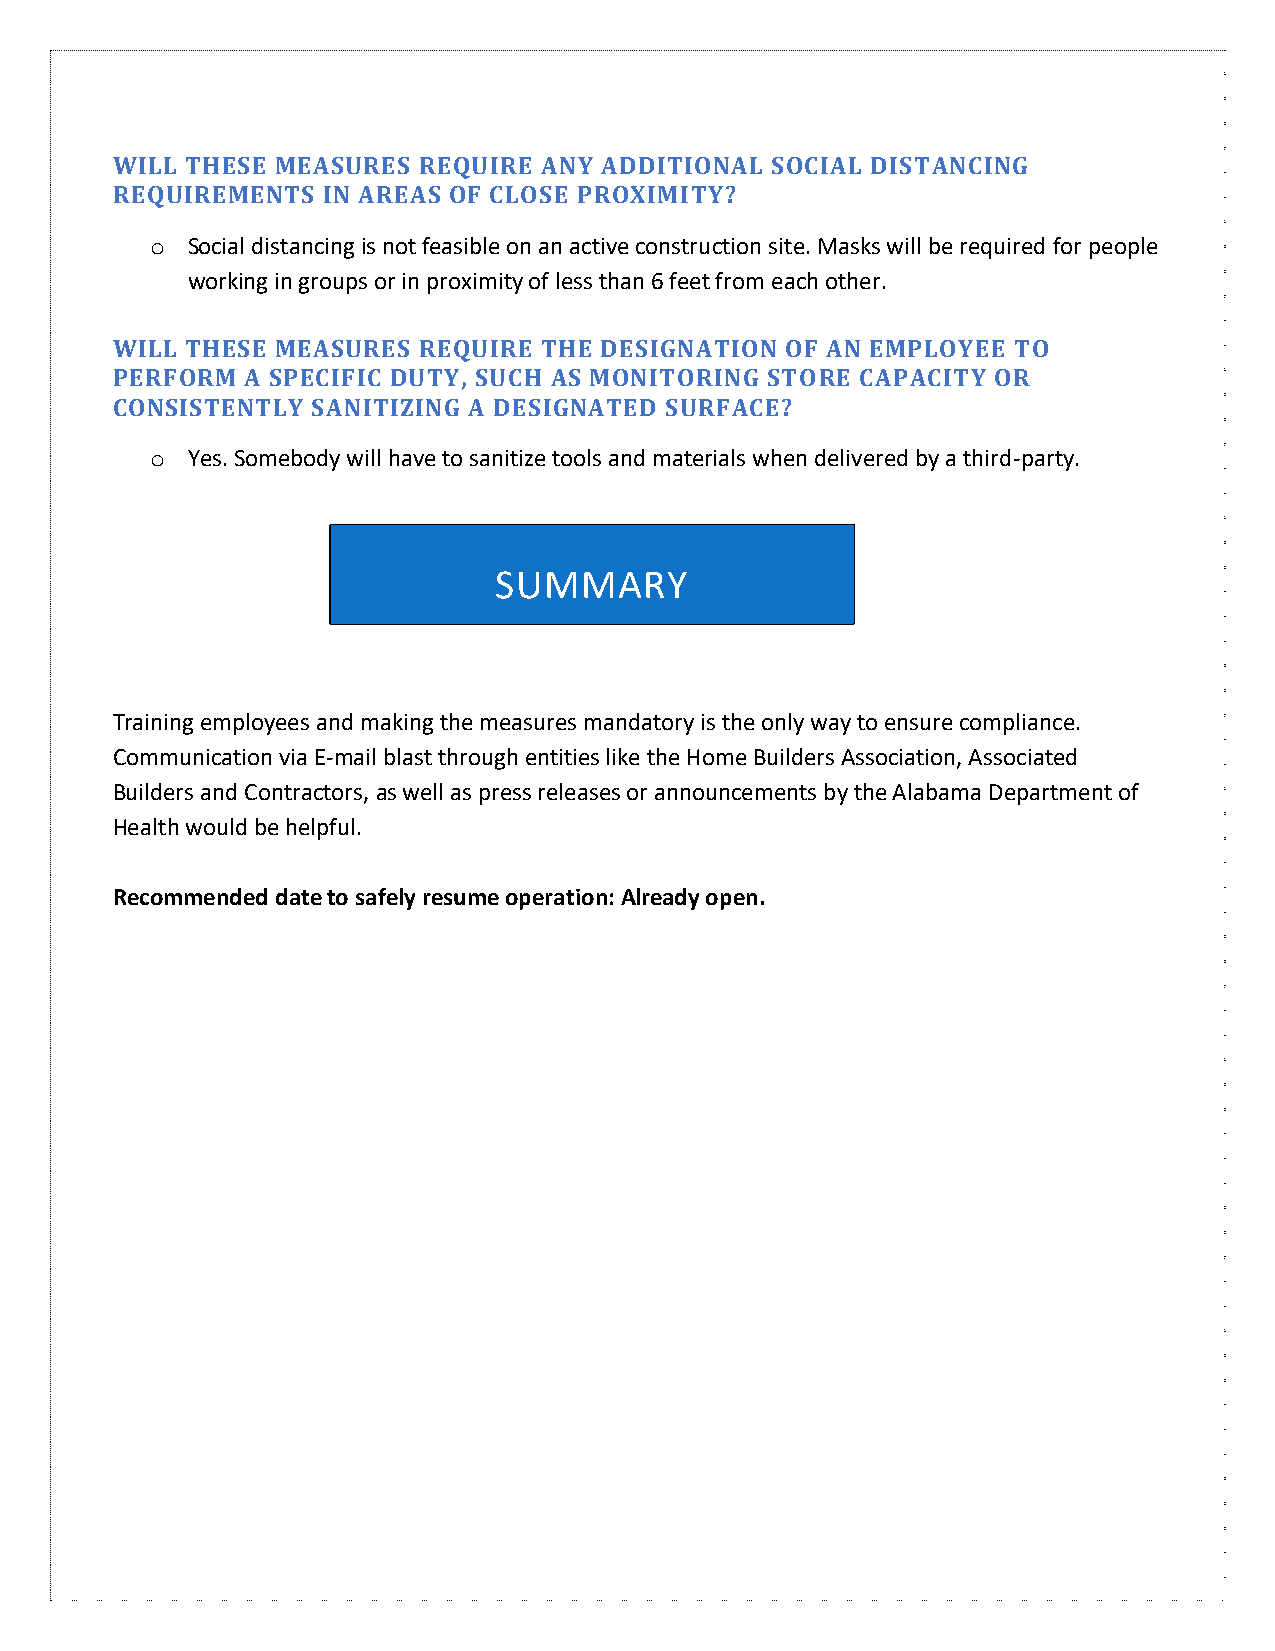
WILL THESE MEASURES  REQUIRE ANY ADDITIONAL SOCIAL DISTANCING
 REQUIREMENTS  IN AREAS OF CLOSE PROXIMITY?
 o Social distancing is not feasible on an active construction site. Masks will be required for people
 working in groups or in proximity of less than 6 feet from each other.
 WILL THESE MEASURES  REQUIRE THE DESIGNATION OF AN EMPLOYEE TO
 PERFORM  A SPECIFIC DUTY, SUCH AS MONITORING STORE CAPACITY OR
 CONSISTENTLY  SANITIZING A DESIGNATED SURFACE?
 o Yes. Somebody will have to sanitize tools and materials when delivered by a third-party.
 SUMMARY
 Training employees and making the measures mandatory is the only way to ensure compliance.
 Communication via E-mail blast through entities like the Home Builders Association, Associated
 Builders and Contractors, as well as press releases or announcements by the Alabama Department of
 Health would be helpful.
 Recommended date to safely resume operation: Already open.